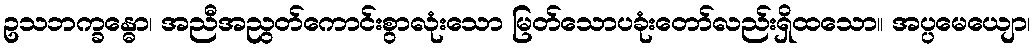
ဥသဘက္ခန္ဓော၊ အညီအညွတ်ကောင်းစွာလုံးသော မြတ်သောပခုံးတော်လည်းရှိထသော။ အပ္ပမေယျော၊